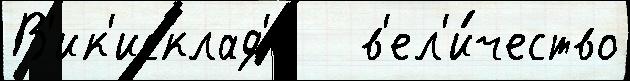
В'ик'исклад'е   в'ел'и́чество